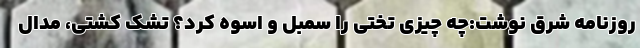
روزنامه شرق نوشت:چه چیزی تختی را سمبل و اسوه کرد؟ تشک کشتی، مدال